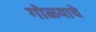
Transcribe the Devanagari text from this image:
गोळ्याचे